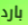
بارد